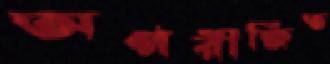
অপরীক্ষিত